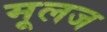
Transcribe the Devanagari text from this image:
मूलज